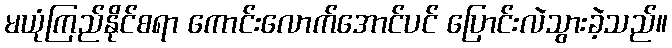
မယုံကြည်နိုင်စရာ ကောင်းလောက်အောင်ပင် ပြောင်းလဲသွားခဲ့သည်။